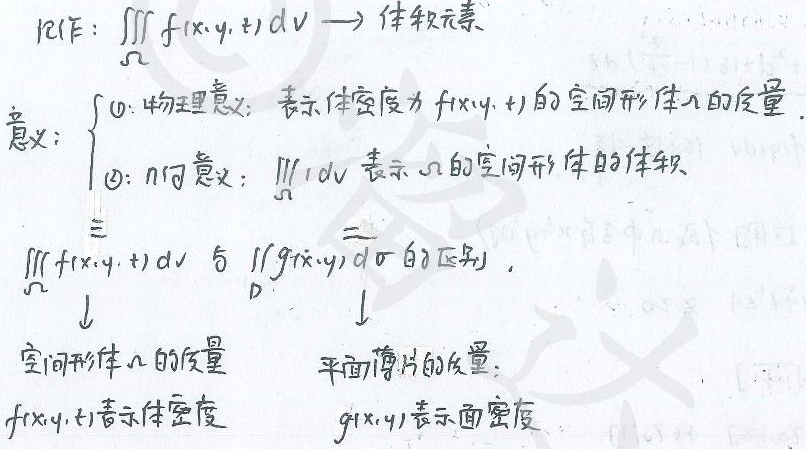
记作：\(\underset{\varOmega}{\iiint}f(x,y,z)\mathrm{d}V\)。体积元素意义：
\(\begin{cases}
\text{\textcircled{1}. 物理意义：表示体密度为}f(x,y,z)\text{的空间形体}\varOmega\text{的质量}.\\
\text{\textcircled{2}. 几何意义：}\underset{\varOmega}{\iiint}1\mathrm{d}V\text{表示}\varOmega\text{的空间形体的体积}
\end{cases}\)

\(\underset{\varOmega}{\iiint}f(x,y,z)\mathrm{d}V\)与\(\underset{D}{\iint}g(x,y)\mathrm{d}\sigma\)的区别：
\(\begin{array}{c|c}
\underset{\varOmega}{\iiint}f(x,y,z)\mathrm{d}V & \underset{D}{\iint}g(x,y)\mathrm{d}\sigma \\
\hline
\text{空间形体 }\varOmega\text{ 的质量} & \text{平面薄片的质量} \\
f(x,y,z)\text{ 表示体密度} & g(x,y)\text{ 表示面密度}
\end{array}\)